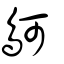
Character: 鴚